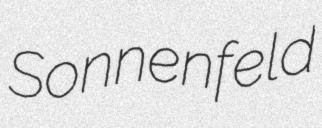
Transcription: Sonnenfeld